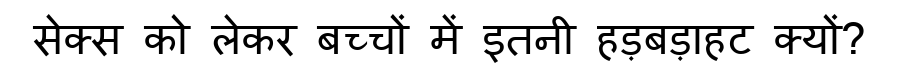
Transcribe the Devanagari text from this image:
सेक्स को लेकर बच्चों में इतनी हड़बड़ाहट क्यों?